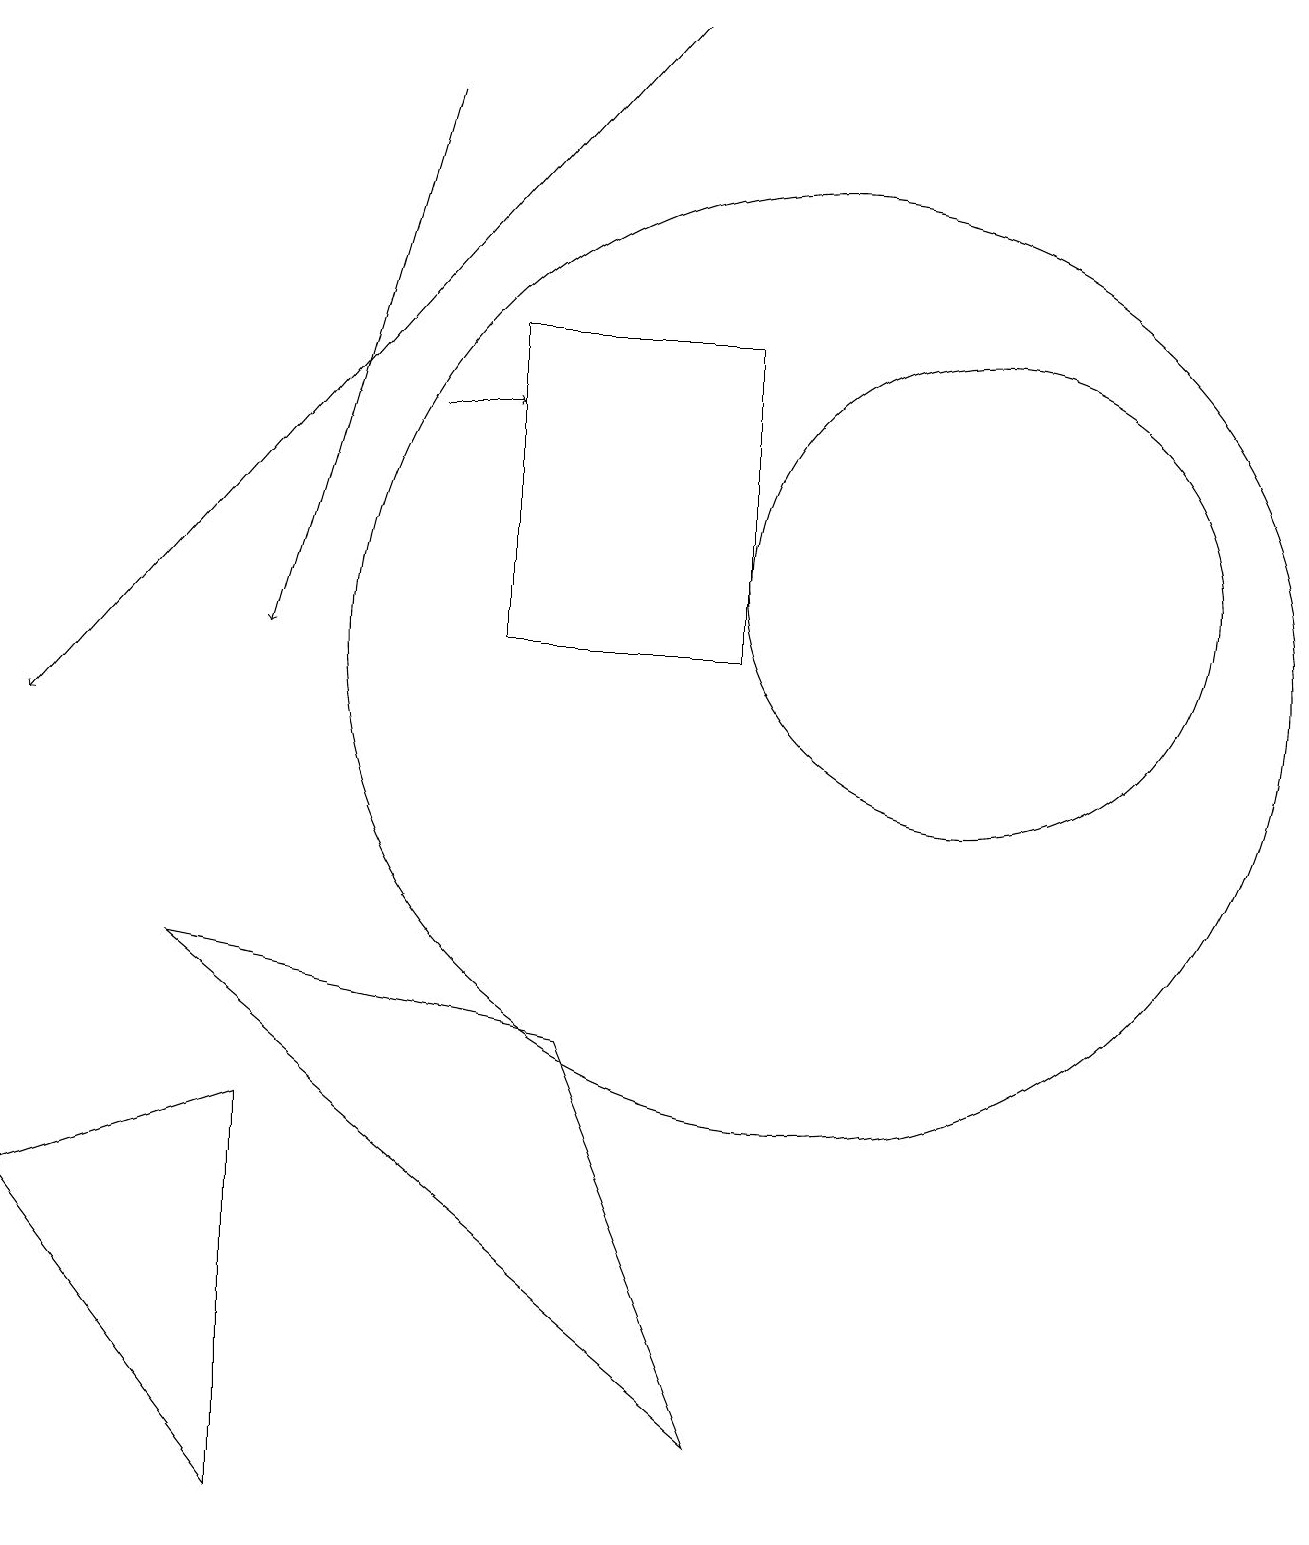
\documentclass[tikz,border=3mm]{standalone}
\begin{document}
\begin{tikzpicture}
\draw (9,1) -- (2,7) -- (7,6) -- cycle;
\draw (10,11) circle (6);
\draw[->] (5,14) -- (6,14);
\draw[->] (8,19) -- (0,10);
\draw (12,12) circle (3);
\draw (9,15) rectangle (6,11);
\draw (3,0) -- (3,5) -- (0,4) -- cycle;
\draw[->] (5,18) -- (3,11);
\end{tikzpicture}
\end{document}